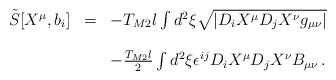
\begin{align*}\begin{array}{rcl}{\tilde S}[X^{\mu},b_i] & = &-T_{M2}l\int d^2\xi \sqrt{|D_{i} X^{\mu} D_{j} X^{\nu} g_{\mu\nu}|}\\& & \\& & -{\textstyle\frac{T_{M2}l}{2}}\int d^2\xi \epsilon^{ij}D_{i} X^{\mu} D_{j}X^{\nu} B_{\mu\nu}\, . \\\end{array}\end{align*}